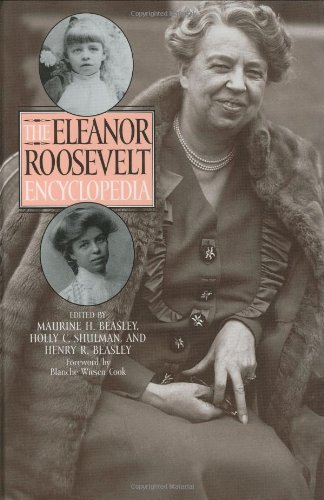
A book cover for The Eleanor Roosevelt Encyclopedia; Maurine Hoffman Beasley; Reference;